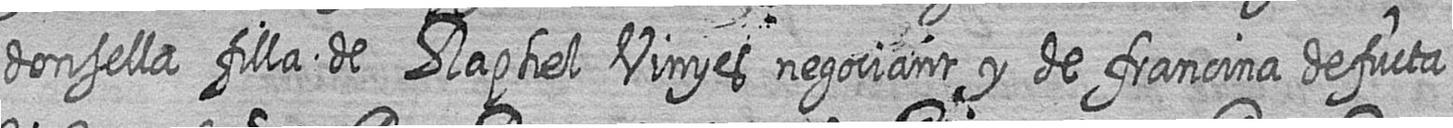
donsella filla de Raphel Vinyes negociant y de francina defucta